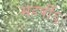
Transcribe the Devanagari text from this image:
महर्षी६